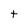
Character: t